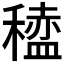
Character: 𫁆